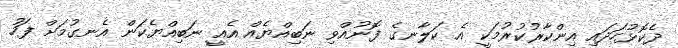
ދެކޮޅުހަދައި އިންކާރުކުރުމަކީ އެ ކަލާނގެ ފޮނުއްވި ނަބިއްޔެއް އެއީ ނަބިއްޔެކަން އެނގުމަށް ފަހު